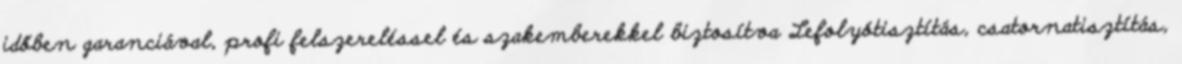
időben garanciával, profi felszereléssel és szakemberekkel biztosítva Lefolyótisztítás, csatornatisztítás,